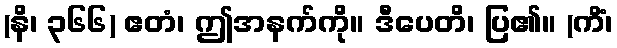
(နိ၊ ၃၆၆) ဧတံ၊ ဤအနက်ကို။ ဒီပေတိ၊ ပြ၏။ (ကိံ၊